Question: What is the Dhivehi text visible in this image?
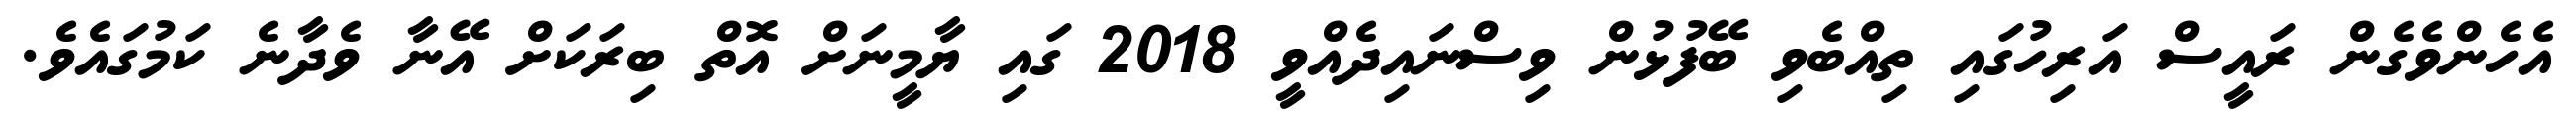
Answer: އެހެންވެގެން ރައީސް އަރިހުގައި ތިއްބެވި ބޭފުޅުން ވިސްނައިދެއްވީ 2018 ގައި ޔާމީނަށް އޮތް ބިރަކަށް އޭނާ ވެދާނެ ކަމުގައެވެ.